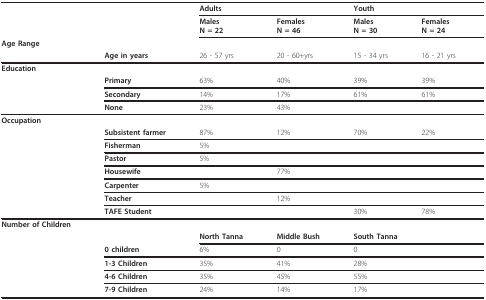
<table><thead><tr><td></td><td></td><td colspan="2"><b>Adults</b></td><td colspan="2"><b>Youth</b></td></tr><tr><td></td><td></td><td><b>MalesN = 22</b></td><td><b>FemalesN = 46</b></td><td><b>MalesN = 30</b></td><td><b>FemalesN = 24</b></td></tr><tr><td><b>Age Range</b></td><td></td><td></td><td></td><td></td><td></td></tr><tr><td></td><td><b>Age in years</b></td><td><b>26 - 57 yrs</b></td><td><b>20 - 60+yrs</b></td><td><b>15 - 34 yrs</b></td><td><b>16 - 21 yrs</b></td></tr></thead><tbody><tr><td><b>Education</b></td><td></td><td></td><td></td><td></td><td></td></tr><tr><td></td><td><b>Primary</b></td><td>63%</td><td>40%</td><td>39%</td><td>39%</td></tr><tr><td></td><td><b>Secondary</b></td><td>14%</td><td>17%</td><td>61%</td><td>61%</td></tr><tr><td></td><td><b>None</b></td><td>23%</td><td>43%</td><td></td><td></td></tr><tr><td><b>Occupation</b></td><td></td><td></td><td></td><td></td><td></td></tr><tr><td></td><td><b>Subsistent farmer</b></td><td>87%</td><td>12%</td><td>70%</td><td>22%</td></tr><tr><td></td><td><b>Fisherman</b></td><td>5%</td><td></td><td></td><td></td></tr><tr><td></td><td><b>Pastor</b></td><td>5%</td><td></td><td></td><td></td></tr><tr><td></td><td><b>Housewife</b></td><td></td><td>77%</td><td></td><td></td></tr><tr><td></td><td><b>Carpenter</b></td><td>5%</td><td></td><td></td><td></td></tr><tr><td></td><td><b>Teacher</b></td><td></td><td>12%</td><td></td><td></td></tr><tr><td></td><td><b>TAFE Student</b></td><td></td><td></td><td>30%</td><td>78%</td></tr><tr><td><b>Number of Children</b></td><td></td><td></td><td></td><td></td><td></td></tr><tr><td></td><td></td><td><b>North Tanna</b></td><td><b>Middle Bush</b></td><td colspan="2"><b>South Tanna</b></td></tr><tr><td></td><td><b>0 children</b></td><td>6%</td><td>0</td><td colspan="2">0</td></tr><tr><td></td><td><b>1-3 Children</b></td><td>35%</td><td>41%</td><td colspan="2">28%</td></tr><tr><td></td><td><b>4-6 Children</b></td><td>35%</td><td>45%</td><td colspan="2">55%</td></tr><tr><td></td><td><b>7-9 Children</b></td><td>24%</td><td>14%</td><td colspan="2">17%</td></tr></tbody></table>